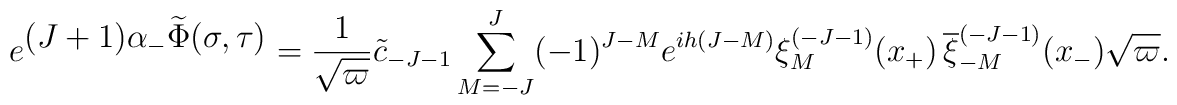
e^{\textstyle (J+1)\alpha_-\widetilde \Phi(\sigma, \tau )}= {1\over\sqrt \varpi}{\tilde c}_{-J-1}\sum _{M=-J}^J\> (-1)^{J-M}  \>e^{ih(J-M)}\>\xi_M^{(-J-1)}(x_+)\,{\overline \xi_{-M}^{(-J-1)}}(x_-) \>\sqrt \varpi .